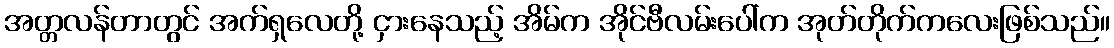
အတ္တလန်တာတွင် အက်ရှလေတို့ ငှားနေသည့် အိမ်က အိုင်ဗီလမ်းပေါ်က အုတ်တိုက်ကလေးဖြစ်သည်။